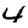
Digit: 4